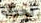
لحرق